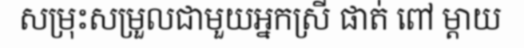
សម្រុះសម្រួលជាមួយអ្នកស្រី ផាត់ ពៅ ម្តាយ